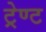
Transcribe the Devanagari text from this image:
ट्रेण्ट